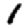
Digit: 1